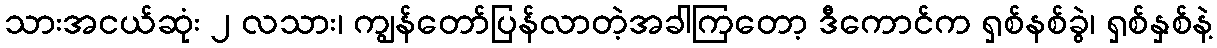
သားအငယ်ဆုံး ၂ လသား၊ ကျွန်တော်ပြန်လာတဲ့အခါကြတော့ ဒီကောင်က ရှစ်နစ်ခွဲ၊ ရှစ်နှစ်နဲ့